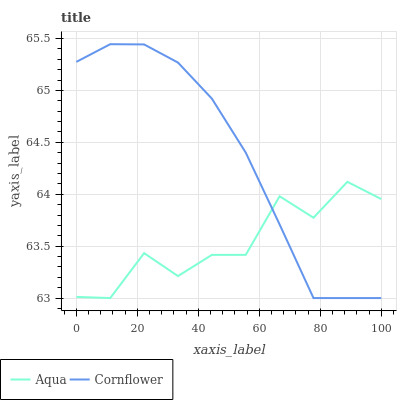
| xaxis_label | Aqua | Cornflower |
 | --- | --- | --- |
 | 0 | 63 | 65.3 |
 | 11.1 | 63 | 65.4 |
 | 22.2 | 63.4 | 65.4 |
 | 33.3 | 63.2 | 65.3 |
 | 44.4 | 63.4 | 64.9 |
 | 55.6 | 63.4 | 64.4 |
 | 66.7 | 64 | 63.7 |
 | 77.8 | 63.8 | 63 |
 | 88.9 | 64.1 | 63 |
 | 100 | 64 | 63 |